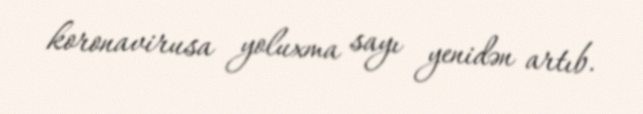
koronavirusa yoluxma sayı yenidən artıb.